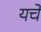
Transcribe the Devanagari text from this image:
यचे